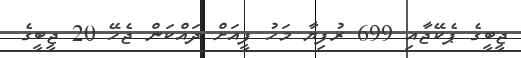
ޖީބީގެ ޕެކޭޖާއި 699 ރުފިޔާ މަހު ފީއަށް ދައްކަން ޖެހޭ 20 ޖީބީގެ